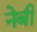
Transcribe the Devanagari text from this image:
नेबी